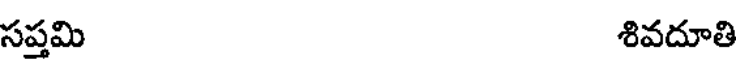
సప్తమి శివదూతి